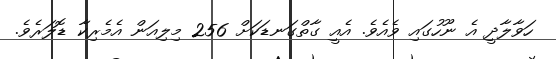
ހަވާލާދީ އެ ނޫހުގައި ވެއެވެ. އެއީ ގާތްގަނޑަކަށް 256 މިލިއަން އެމެރިކާ ޑޮލަރެވެ.